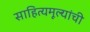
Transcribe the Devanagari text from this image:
साहित्यमूल्यांची